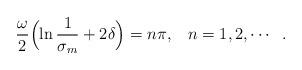
LaTeX: \begin{align*}\frac{\omega}{2}\Bigl(\ln\frac{1}{\sigma_m}+2\delta\Bigr)=n\pi,\;\;\;\mathop{n = 1,2,}\cdots\;\;.\end{align*}